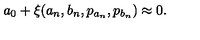
a _ { 0 } + \xi ( a _ { n } , b _ { n } , p _ { a _ { n } } , p _ { b _ { n } } ) \approx 0 .